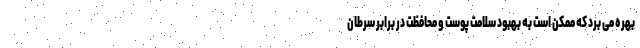
بهره می برد که ممکن است به بهبود سلامت پوست و محافظت در برابر سرطان